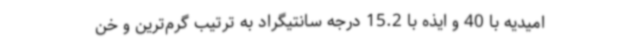
امیدیه با 40 و ایذه با 15.2 درجه سانتیگراد به ترتیب گرم‌ترین و خن